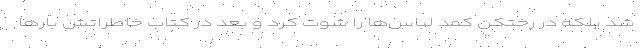
شد بلکه در رختکن کمد لباس‌ها را شوت کرد و بعد در کتاب خاطراتش بارها